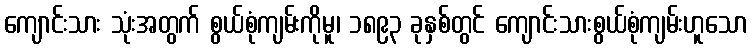
ကျောင်းသား သုံးအတွက် စွယ်စုံကျမ်းကိုမူ၊ ၁၈၉၃ ခုနှစ်တွင် ကျောင်းသားစွယ်စုံကျမ်းဟူသော